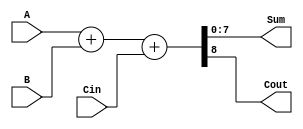
`timescale 1ns / 1ps
//////////////////////////////////////////////////////////////////////////////////
// Company: 
// Engineer: 
// 
// Design Name: 
// Module Name: Adder_8
// Project Name: 
// Target Devices: 
// Tool Versions: 
// Description: 
// 
// Dependencies: 
// 
// Revision:
// Revision 0.01 - File Created
// Additional Comments:
// 
//////////////////////////////////////////////////////////////////////////////////


module Adder_8(
    input [7:0] A,
    input [7:0] B,
    input Cin,
    output [7:0] Sum,
    output Cout
    );
    assign {Cout, Sum} = A + B+ Cin;
endmodule